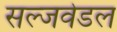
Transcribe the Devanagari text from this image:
सल्जवेडल